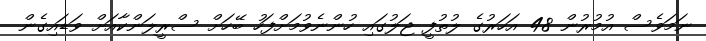
ނަމަވެސް އުމުރުން 48 އަހަރުގެ ލުތުފީ ޖަލުގައި ހުންނެވުމަށްފަހު ބޭހަށް ސްރީލަންކާއަށް ވަޑައިގެން